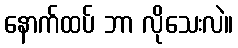
နောက်ထပ် ဘာ လိုသေးလဲ။